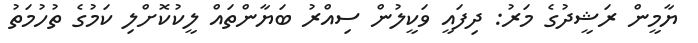
ޔާމީން ރަޝީދުގެ މަރު: ދިފައީ ވަކީލުން ސިއްރު ބަޔާންތައް ލީކުކޮށްލި ކަމުގެ ތުހުމަތު